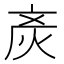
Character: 𰞚